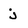
Character: j